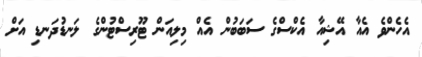
އެހެންވެ އެއާ އޭޝިއާ އެކްސްގެ ސަބަބުން އެއް މިލިއަން ޓޫރިސްޓުންގެ ލަނޑުދަނޑި އަށް